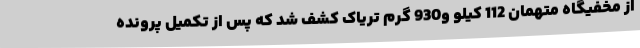
از مخفیگاه متهمان 112 کیلو و930 گرم تریاک کشف شد که پس از تکمیل پرونده